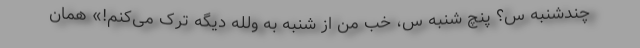
چند‌شنبه س؟ پنچ شنبه س، خب من از شنبه به ولله دیگه ترک می‌کنم!» همان